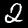
Digit: 2